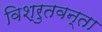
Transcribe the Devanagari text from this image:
विश्रुतवन्ता